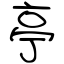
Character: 亭